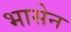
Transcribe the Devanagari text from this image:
भासेन